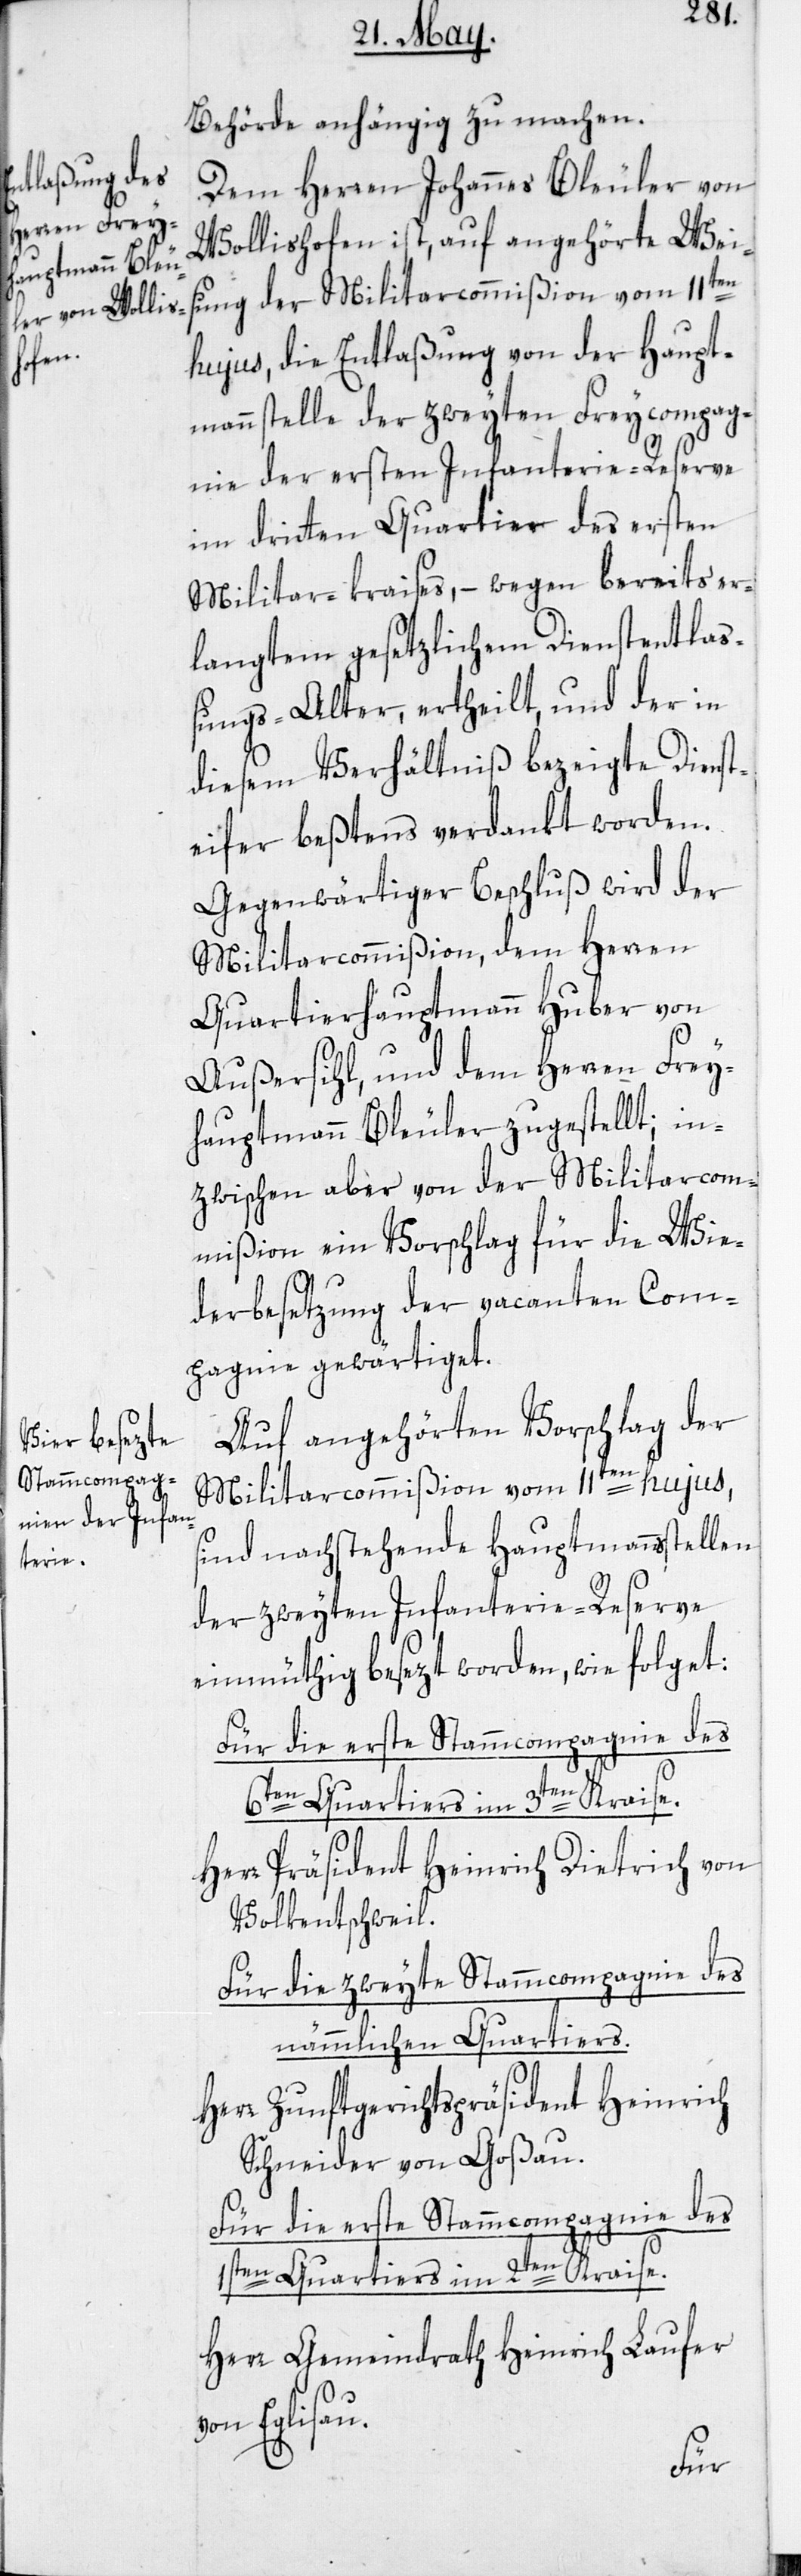
Behörde anhängig zu machen.
Dem Herren Johannes Bleuler von
Wollishofen ist auf, angehörte Weis¬
ung der Militarcommißion vom 11ten
hujus, die Entlaßung von der Haupt¬
mannstelle der zweyten Freycompag¬
nie der ersten Infanterie-Reserve
im dritten Quartier des ersten
Militar-kreises, – wegen bereits er¬
langtem gesetzlichem Dienstentlas¬
sungs-Alter, ertheilt, und der in
diesem Verhältniß bezeigte Dienst¬
eifer beßtens verdankt worden.
Gegenwärtiger Beschluß wird der
Militarcommißion, dem Herren
Quartierhauptmann Huber von
Außersihl, und dem Herren Frey¬
hauptmann Bleuler zugestellt; in¬
zwischen aber von der Militarcom¬
mißion ein Vorschlag für die Wie¬
derbesetzung der vacanten Com¬
pagnie gewärtiget.
Auf angehörten Vorschlag der
Militarcommißion vom 11ten hujus,
sind nachstehende Hauptmannsstellen
der zweyten Infanterie-Reserve
einmüthig besezt worden, wie folget:
Für die erste Stammcompagnie des
6ten Quartiers im 3ten Kraise.
Herr Präsident Heinrich Dietrich von
Volkentschweil.
Für die zweyte Stammcomagnie des
nämmlichen Quartiers.
Herr Zunftgerichtspräsident Heinrich
Schneider von Goßau.
1sten Quartiers im 2ten Kraise.
Herr Gemeindrath Heinrich Laufer
Eglisau.